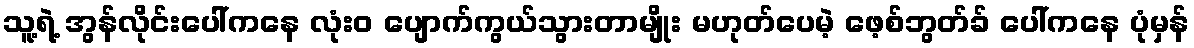
သူ့ရဲ့ အွန်လိုင်းပေါ်ကနေ လုံးဝ ပျောက်ကွယ်သွားတာမျိုး မဟုတ်ပေမဲ့ ဖေ့စ်ဘွတ်ခ် ပေါ်ကနေ ပုံမှန်